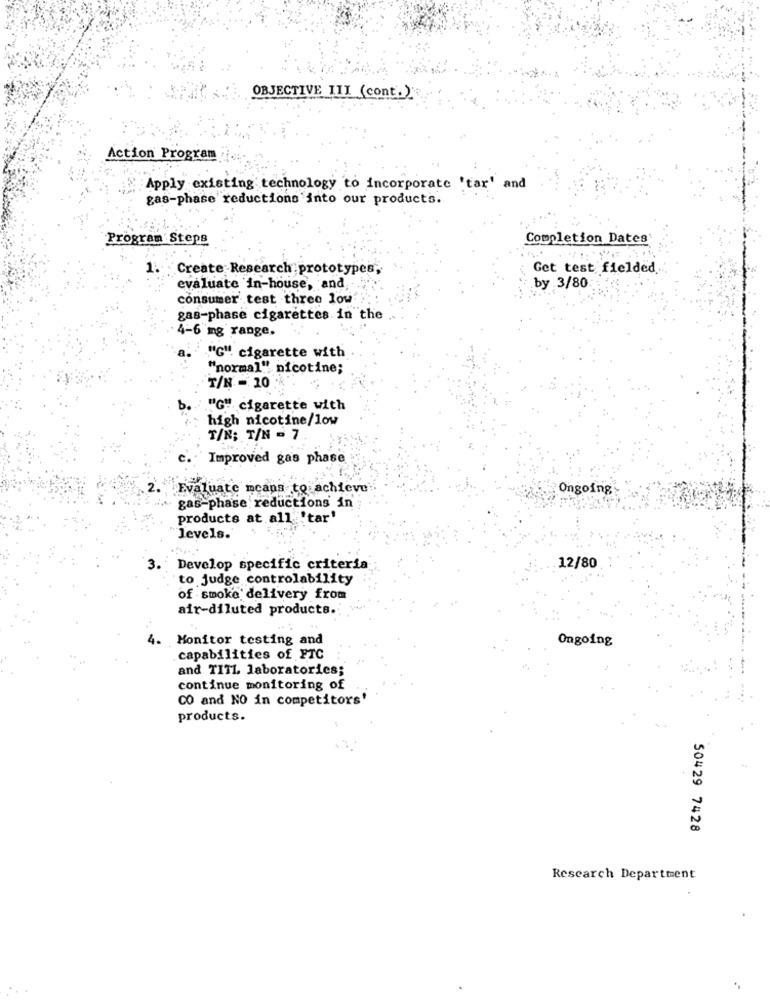
OBJECTIVE III (cont.)
Action Program
Apply existing technology to incorporate 'tar' and
gas-phase reductions into our products.
Program Steps
Completion Dates
Create Research prototypes,
Get test fielded
evaluate in-house, and
by 3/80
consumer test three low
gas-phase cigarettes in the
4-6 mg range.
."G" cigarette with
"normal" nicotine;
T/N = 10
"G" cigarette with
high nicotine/low
TIN; T/N - 7
c.
Improved gas phase
Evaluate means to achieve
Ongoing
gas-phase reductions in
products at all 'tar'
levels.'
3.
Develop specific criteria
12/80
to judge controlability
of smoke delivery from
air-diluted products.
Monitor testing and
Ongoing
capabilities of FTC
and TITL laboratories;
continue monitoring of
CO and NO in competitors'
products.
50429 7428
Research Department